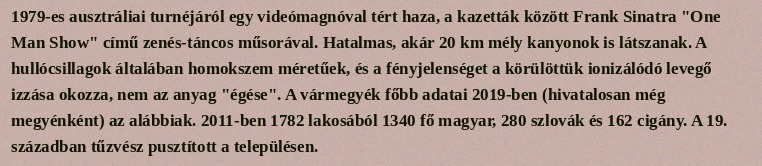
1979-es ausztráliai turnéjáról egy videómagnóval tért haza, a kazetták között Frank Sinatra "One Man Show" című zenés-táncos műsorával. Hatalmas, akár 20 km mély kanyonok is látszanak. A hullócsillagok általában homokszem méretűek, és a fényjelenséget a körülöttük ionizálódó levegő izzása okozza, nem az anyag "égése". A vármegyék főbb adatai 2019-ben (hivatalosan még megyénként) az alábbiak. 2011-ben 1782 lakosából 1340 fő magyar, 280 szlovák és 162 cigány. A 19. században tűzvész pusztított a településen.